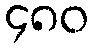
၄၈၀